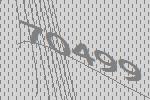
70499